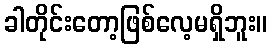
ခါတိုင်းတော့ဖြစ်လေ့မရှိဘူး။